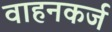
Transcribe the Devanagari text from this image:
वाहनकर्ज